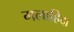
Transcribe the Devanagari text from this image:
मलाहिदा